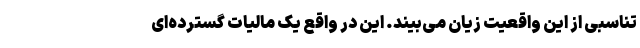
تناسبی از این واقعیت زیان می‌بیند. این در واقع یک مالیات گسترده‌ای